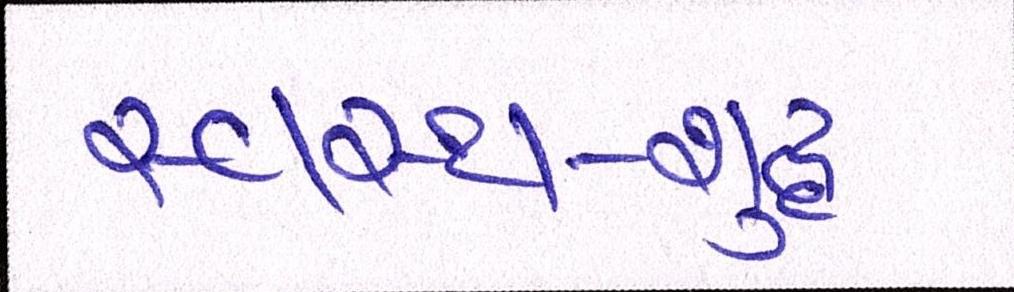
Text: સ્વસ્થ-શુદ્ધ